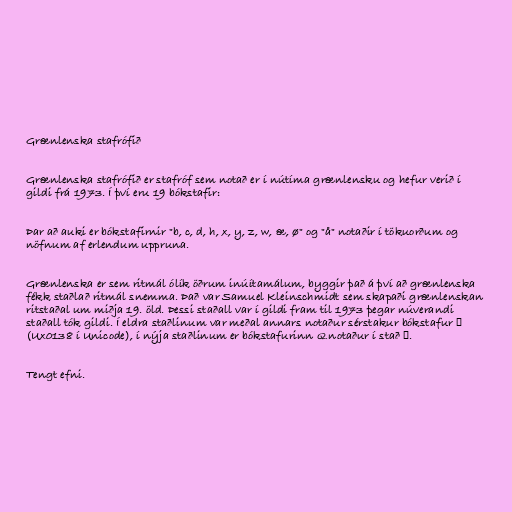
Grænlenska stafrófið

Grænlenska stafrófið er stafróf sem notað er í nútíma grænlensku og hefur verið í
gildi frá 1973. Í því eru 19 bókstafir:

Þar að auki er bókstafirnir "b, c, d, h, x, y, z, w, æ, ø" og "å" notaðir í tökuorðum og
nöfnum af erlendum uppruna.

Grænlenska er sem ritmál ólík öðrum inúítamálum, byggir það á því að grænlenska
fékk staðlað ritmál snemma. Það var Samuel Kleinschmidt sem skapaði grænlenskan
ritstaðal um miðja 19. öld. Þessi staðall var í gildi fram til 1973 þegar núverandi
staðall tók gildi. Í eldra staðlinum var meðal annars notaður sérstakur bókstafur ĸ
(Ux0138 í Unicode), í nýja staðlinum er bókstafurinn Q notaður í stað ĸ.

Tengt efni.